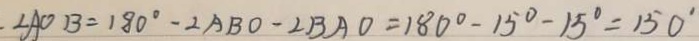
\angle A O B = 1 8 0 ^ { \circ } - 2 A B O - \angle B A O = 1 8 0 ^ { \circ } - 1 5 ^ { \circ } - 1 5 ^ { \circ } = 1 5 0 ^ { \circ }